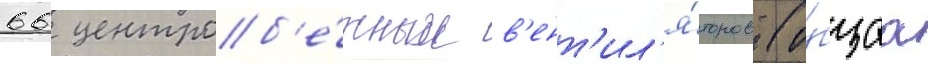
66 центроб'е́жных в'ент'ил'я́торов (о́бщаа